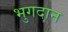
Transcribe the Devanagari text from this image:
भुगदान